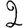
Digit: 2